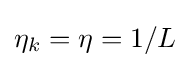
{\textstyle \eta _{k}=\eta =1/L}